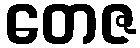
တေဇ